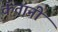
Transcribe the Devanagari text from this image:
कॅतानी